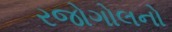
રજોગોલનો